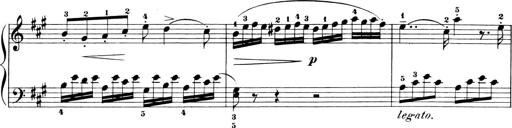
Title: 6 Piano Sonatinas
Composer: Cornelius Gurlitt